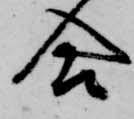
合